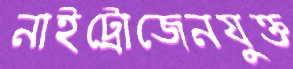
নাইট্রোজেনযুক্ত